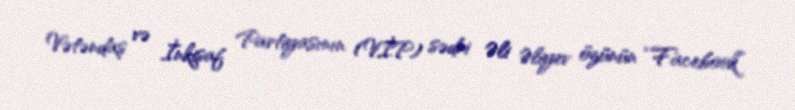
Vətəndaş və İnkişaf Partiyasının (VİP) sədri Əli Əliyev özünün “Facebook”